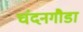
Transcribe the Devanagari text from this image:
चंदनगौडा